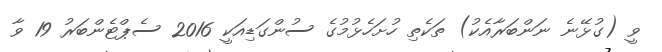
ވީ (ގުޅޭނެ ނަންބަރާއެކު) ތަކެތި ހުށަހެޅުމުގެ ސުންގަޑިއަކީ 2016 ސެޕްޓެންބަރު 19 ވާ